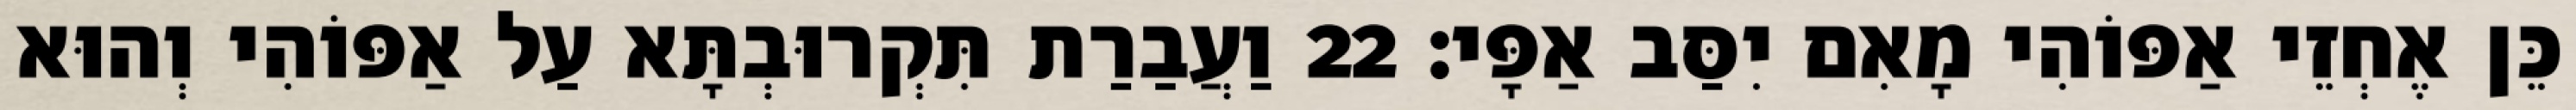
כֵּן אֶחְזֵי אַפּוֹהִי מָאִם יִסַּב אַפָּי׃ 22 וַעֲבַרַת תִּקְרוּבְתָּא עַל אַפּוֹהִי וְהוּא